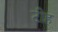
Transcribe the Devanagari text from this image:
टीह